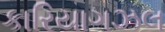
કારિયાગઝલ